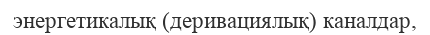
энергетикалық (деривациялық) каналдар,